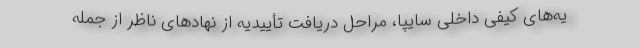
یه‌های کیفی داخلی سایپا، مراحل دریافت تأییدیه از نهادهای ناظر از جمله